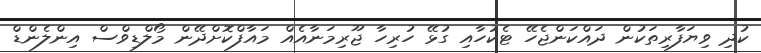
ކުދި ވިޔަފާރިތަކުން ދައްކަންޖެހޭ ޓެކުހާއި ގުޅޭ ހުރިހާ ޖޫރިމަނާއެއް މައާފްކޮށްދޭން މޯލްޑިވްސް އިންލެންޑް